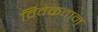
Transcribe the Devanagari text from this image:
विवेकवान्